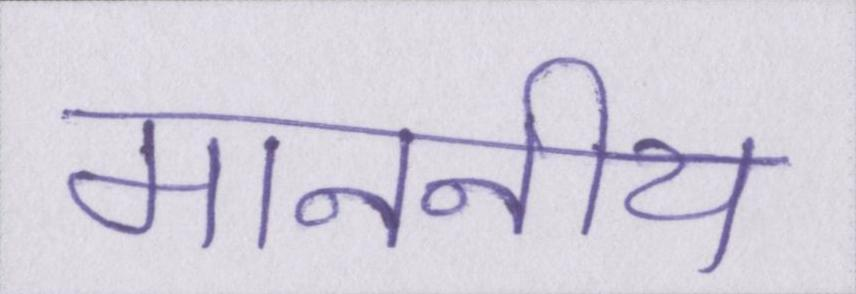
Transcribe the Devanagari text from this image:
माननीय